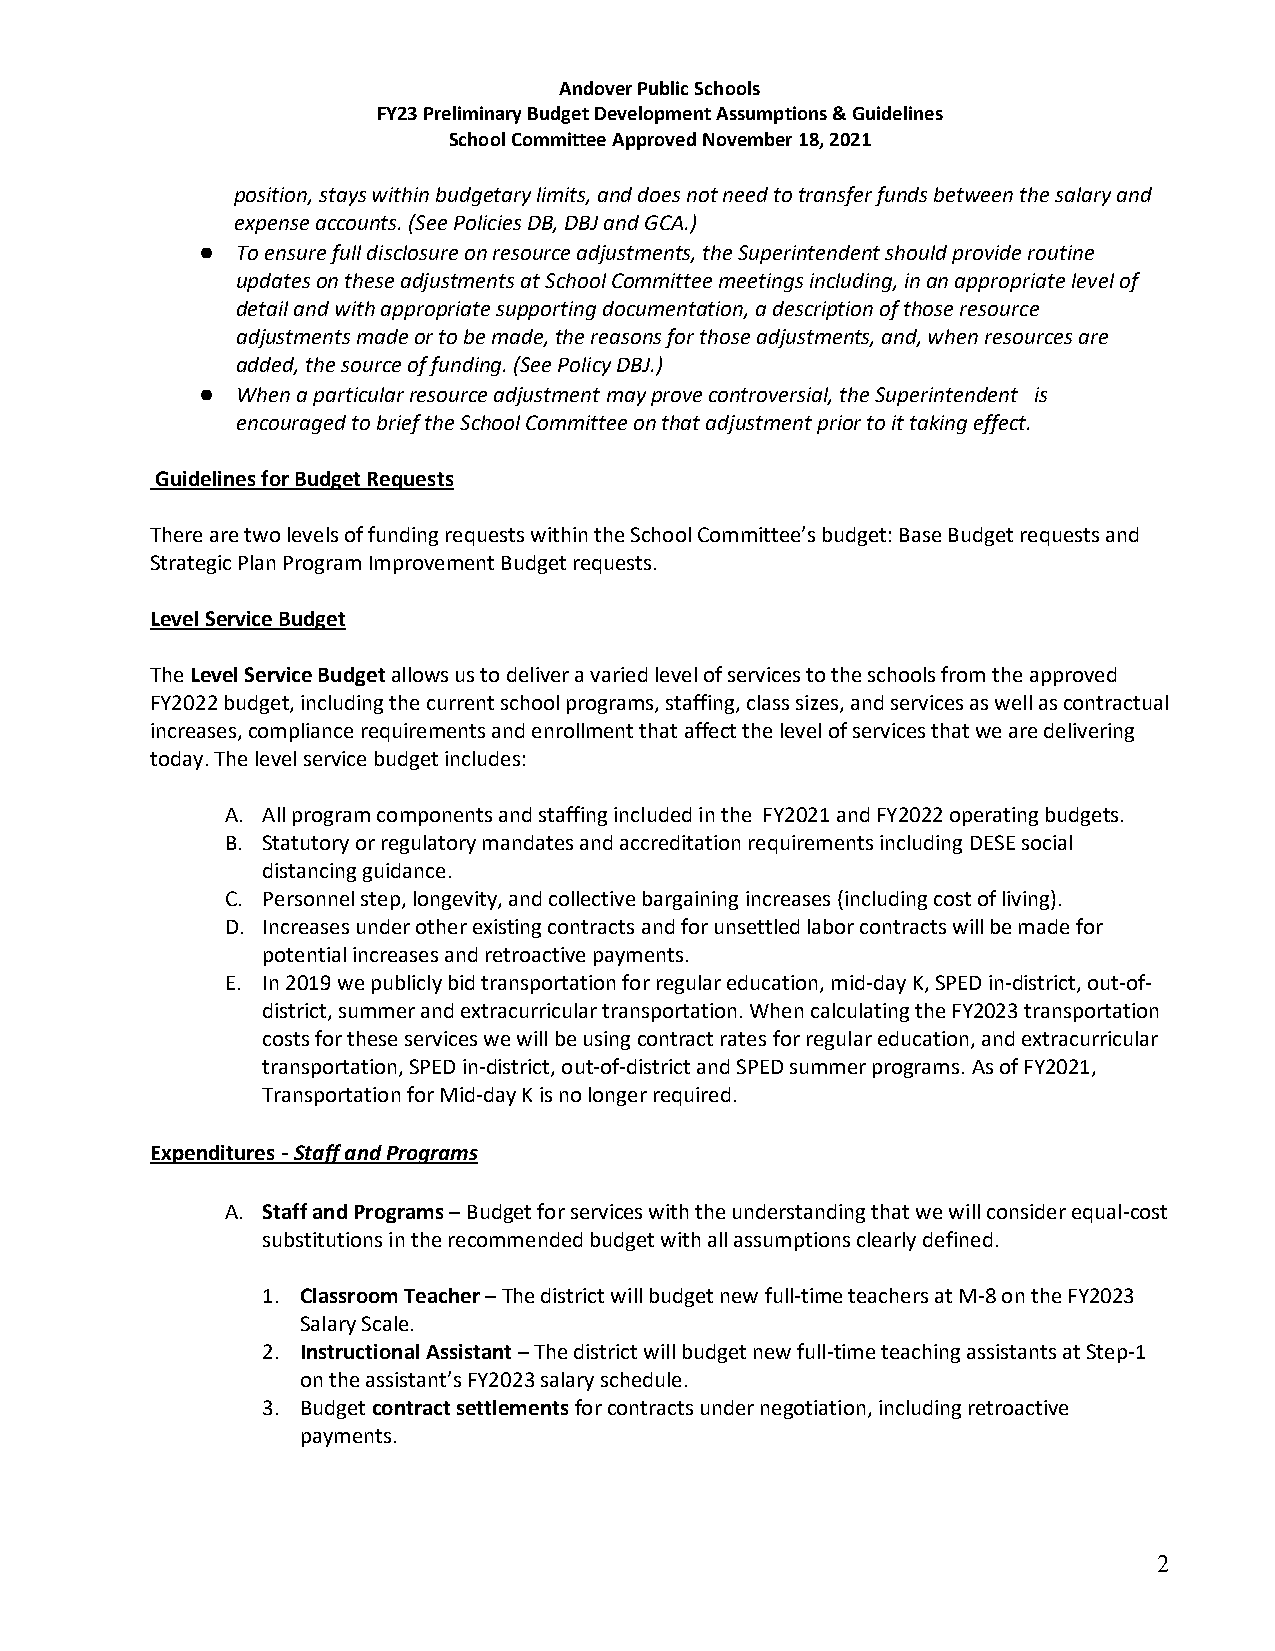
Andover Public Schools
 FY23 Preliminary Budget Development Assumptions & Guidelines
 School Committee Approved November 18, 2021
 position, stays within budgetary limits, and does not need to transfer funds between the salary and
 expense accounts. (See Policies DB, DBJ and GCA.)
 ●  To ensure full disclosure on resource adjustments, the Superintendent should provide routine
 updates on these adjustments at School Committee meetings including, in an appropriate level of
 detail and with appropriate supporting documentation, a description of those resource
 adjustments made or to be made, the reasons for those adjustments, and, when resources are
 added, the source of funding. (See Policy DBJ.)
 ●  When a particular resource adjustment may prove controversial, the Superintendent is
 encouraged to brief the School Committee on that adjustment prior to it taking effect.
 Guidelines for Budget Requests
 There are two levels of funding requests within the School Committee’s budget: Base Budget requests and
 Strategic Plan Program Improvement Budget requests.
 Level Service Budget
 The Level Service Budget allows us to deliver a varied level of services to the schools from the approved
 FY2022 budget, including the current school programs, staffing, class sizes, and services as well as contractual
 increases, compliance requirements and enrollment that affect the level of services that we are delivering
 today. The level service budget includes:
 A. All program components and staffing included in the FY2021 and FY2022 operating budgets.
 B. Statutory or regulatory mandates and accreditation requirements including DESE social
 distancing guidance.
 C. Personnel step, longevity, and collective bargaining increases (including cost of living).
 D. Increases under other existing contracts and for unsettled labor contracts will be made for
 potential increases and retroactive payments.
 E. In 2019 we publicly bid transportation for regular education, mid-day K, SPED in-district, out-of-
 district, summer and extracurricular transportation. When calculating the FY2023 transportation
 costs for these services we will be using contract rates for regular education, and extracurricular
 transportation, SPED in-district, out-of-district and SPED summer programs. As of FY2021,
 Transportation for Mid-day K is no longer required.
 Expenditures - Staff and Programs
 A. Staff and Programs – Budget for services with the understanding that we will consider equal-cost
 substitutions in the recommended budget with all assumptions clearly defined.
 1. Classroom Teacher – The district will budget new full-time teachers at M-8 on the FY2023
 Salary Scale.
 2. Instructional Assistant – The district will budget new full-time teaching assistants at Step-1
 on the assistant’s FY2023 salary schedule.
 3. Budget contract settlements for contracts under negotiation, including retroactive
 payments.
 2